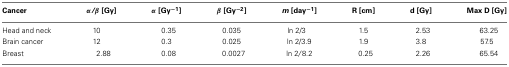
<table><thead><tr><td><b>Cancer</b></td><td><b><i>α/β</i> [Gy]</b></td><td><b><i>α</i> [Gy<sup>−1</sup>]</b></td><td><b><i>β</i> [Gy<sup>−2</sup>]</b></td><td><b><i>m</i> [day<sup>−1</sup>]</b></td><td><b>R [cm]</b></td><td><b>d [Gy]</b></td><td><b>Max D [Gy]</b></td></tr></thead><tbody><tr><td>Head and neck</td><td>10 </td><td>0.35</td><td>0.035</td><td>ln 2/3 </td><td>1.5</td><td>2.53</td><td>63.25</td></tr><tr><td>Brain cancer</td><td>12 </td><td>0.3</td><td>0.025</td><td>ln 2/3.9</td><td>1.9</td><td>3.8</td><td>57.5</td></tr><tr><td>Breast</td><td>2.88</td><td>0.08</td><td>0.0027</td><td>ln 2<i>/</i>8.2</td><td>0.25</td><td>2.26</td><td>65.54</td></tr></tbody></table>